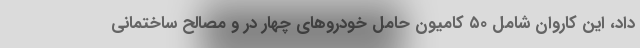
داد، این کاروان شامل ۵۰ کامیون حامل خودروهای چهار در و مصالح ساختمانی